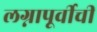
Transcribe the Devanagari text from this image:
लग्नापूर्वीची